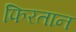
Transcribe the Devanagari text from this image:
फिरतान